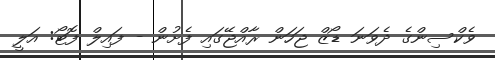
ވެކްސިންގެ ދެވަނަ ޑޯޒް ޖަހަން ރާއްޖޭގައި ފެށުން - ފައިލް ފޮޓޯ: އަލީ